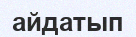
айдатып